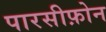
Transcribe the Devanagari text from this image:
पारसीफ़ोन